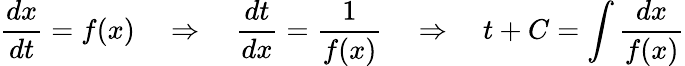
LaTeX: {\frac{dx}{dt}}=f(x)\quad\Rightarrow\quad{\frac{dt}{dx}}={\frac{1}{f(x)}}\quad\Rightarrow\quad t+C=\int{\frac{dx}{f(x)}}